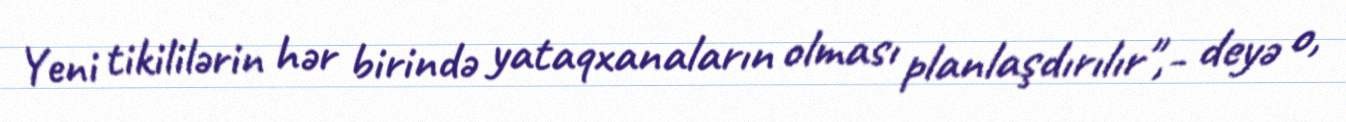
Yeni tikililərin hər birində yataqxanaların olması planlaşdırılır",- deyə o,